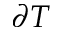
\partial T